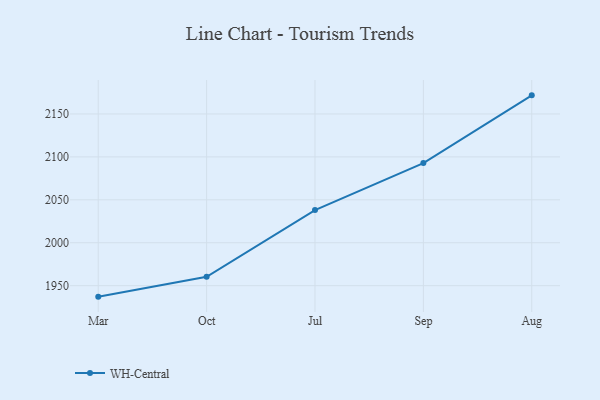
{"axis": {"x": "Month", "y": "Net Income (USD K)"}, "legend": ["WH-Central"], "data": [{"x": "Mar", "y": 1937.2, "type": "WH-Central"}, {"x": "Oct", "y": 1960.4, "type": "WH-Central"}, {"x": "Jul", "y": 2038.1, "type": "WH-Central"}, {"x": "Sep", "y": 2092.8, "type": "WH-Central"}, {"x": "Aug", "y": 2171.7, "type": "WH-Central"}]}